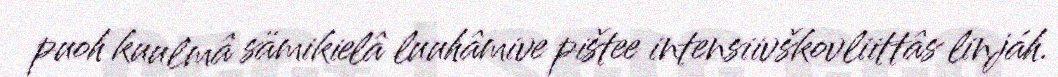
puoh kuulmâ sämikielâ luuhâmive pištee intensiivškovliittâs linjáh.